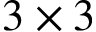
3 \times 3